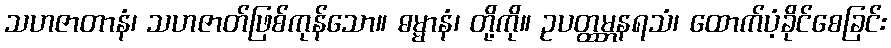
သဟဇာတာနံ၊ သဟဇာတ်ဖြစ်ကုန်သော။ ဓမ္မာနံ၊ တို့ကို။ ဥပတ္ထမ္ဘနရသံ၊ ထောက်ပံ့ခိုင်စေခြင်း